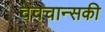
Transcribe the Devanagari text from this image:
वेवचान्सकी